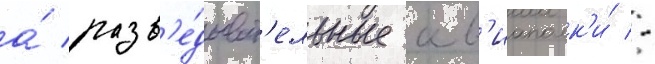
а́ разв'е́дыват'ельные ав'иаполк'и́ -